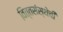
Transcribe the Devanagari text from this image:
वित्तसंस्थेची